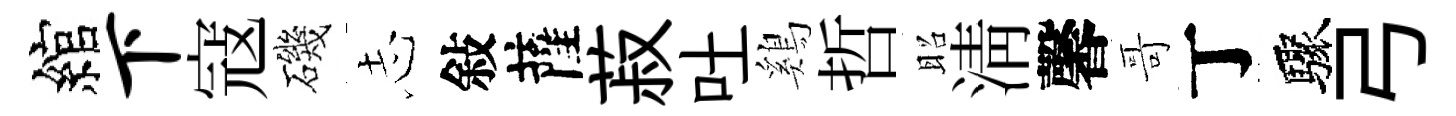
綰下寇磯𢖽敍薩菽吐鷄哲昭淸馨哥丁驟弓